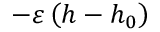
- \varepsilon \left( h - h _ { 0 } \right)